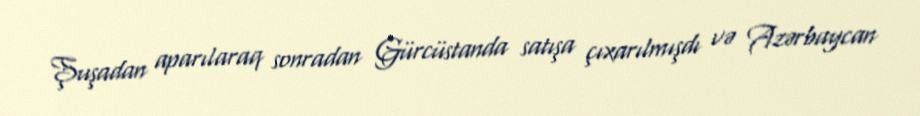
Şuşadan aparılaraq sonradan Gürcüstanda satışa çıxarılmışdı və Azərbaycan